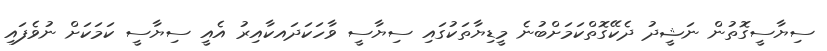
ސިޔާސީގޮތުން ނަޝީދު ދެކޭގޮތްކަމަށްބުނެ މީޑިޔާތަކުގައި ސިޔާސީ ވާހަކަދައކާއިރު އެއީ ސިޔާސީ ކަމަކަށް ނުވެފައި